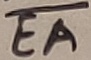
Text: EA